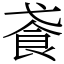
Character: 䬥